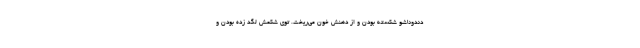
دندوناشو شكسته بودن و از دهنش خون مي‌ريخت. توي شكمش لگد زده بودن و